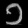
Digit: ၁